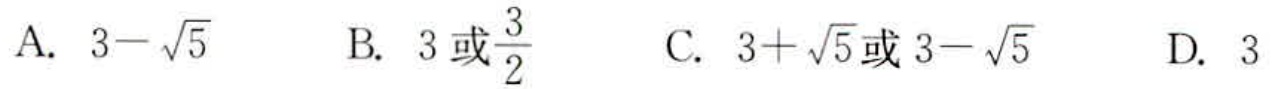
A. \(3 - \sqrt{5}\)  B. \(3或\frac{3}{2}\)  C. \(3+\sqrt{5}或3 - \sqrt{5}\)  D. \(3\)